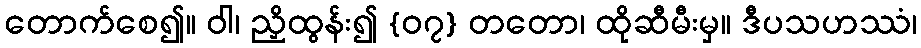
တောက်စေ၍။ ဝါ၊ ညှိထွန်း၍ {၀၇} တတော၊ ထိုဆီမီးမှ။ ဒီပသဟဿံ၊